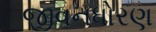
જીવનધોરણ